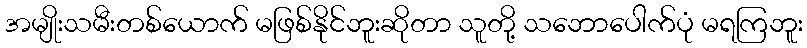
အမျိုးသမီးတစ်ယောက် မဖြစ်နိုင်ဘူးဆိုတာ သူတို့ သဘောပေါက်ပုံ မရကြဘူး